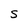
Character: S